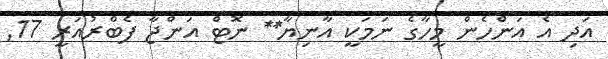
އަދި އެ އަންހެން މީހާގެ ނަމަކީ އާނިޔާ** ނޮޓް އަންޖާ ފެބްރުއަރީ 17